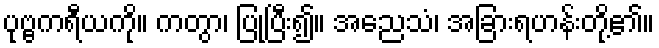
ပုဗ္ဗကရီယကို။ ကတွာ၊ ပြုပြီး၍။ အညေသံ၊ အခြားရဟန်းတို့၏။